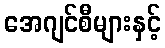
အေဂျင်စီများနှင့်